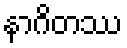
နာဂိတဿ